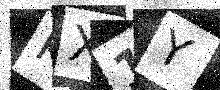
Text: KX1Y